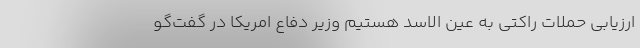
ارزیابی حملات راکتی به عین الاسد هستیم وزیر دفاع امریکا در گفت‌گو